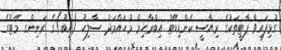
ގުޅިފައިވާ ޕާޓީތަކުގެ ރިޔާސީ ކެންޑިޑޭޓް އިބްރާހިމް މުހައްމަދު ސާލިހު (އިބޫ)ގެ ރަނިންގ މޭޓުގެ